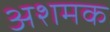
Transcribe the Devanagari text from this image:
अशमक